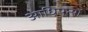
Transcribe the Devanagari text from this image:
आधिपत्यों